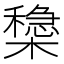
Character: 𣝟